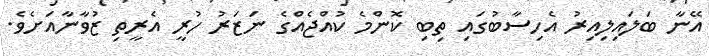
އޭނާ ބަލައިލިއިރު އެހިސާބުގައި ތިބި ކޮންމެ ކުއްޖެއްގެ ނަޒަރު ހުރީ އެރީތި ޒުވާނާއަށެވެ.